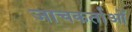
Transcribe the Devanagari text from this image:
जाचकर्ताओं